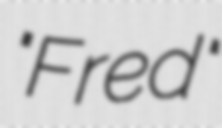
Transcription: "Fred"